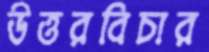
উত্তরবিচার